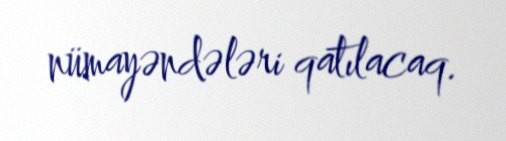
nümayəndələri qatılacaq.